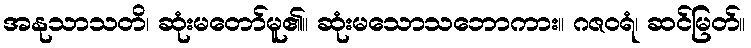
အနုသာသတိ၊ ဆုံးမတော်မူ၏။ ဆုံးမသောသဘောကား။ ဂဇဝရံ၊ ဆင်မြတ်။